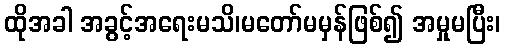
ထိုအခါ အခွင့်အရေးမသိ၊မတော်မမှန်ဖြစ်၍ အမှုမပြီး၊